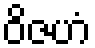
ဝိဇဟံ